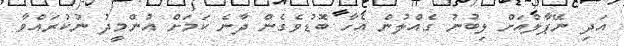
އަދި ނޭޕާލްއަށް ލިބުނު ގެއްލުން އެހާ ބޮޑުވެގެން ދާނެ ކަމަށް އުންމީދު ނުކުރައްވާ